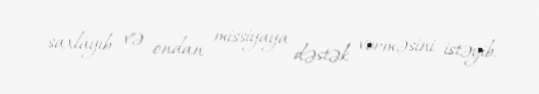
saxlayıb və ondan missiyaya dəstək verməsini istəyib.